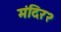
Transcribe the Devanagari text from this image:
मंदिर२